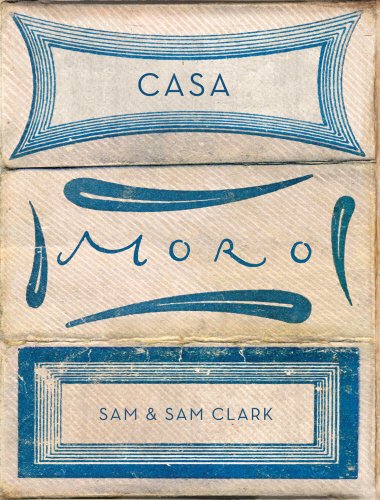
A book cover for Casa Moro; Sam Clark; Cookbooks, Food & Wine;